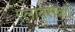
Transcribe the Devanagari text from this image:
एलायंसका